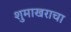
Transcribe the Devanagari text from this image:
शुमाखराचा